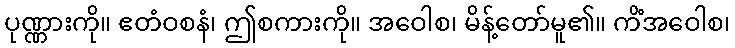
ပုဏ္ဏားကို။ ဧတံဝစနံ၊ ဤစကားကို။ အဝေါစ၊ မိန့်တော်မူ၏။ ကိံအဝေါစ၊